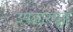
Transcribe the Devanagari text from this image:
उपहारग्रृह